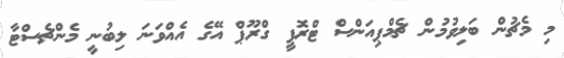
މި މެޗުން ބަލިވުމުން ޗެމްޕިއަންސް ޓްރޮފީ ގްރޫޕް އޭގެ އެއްވަނަ ލިބުނީ މެންޗެސްޓާ